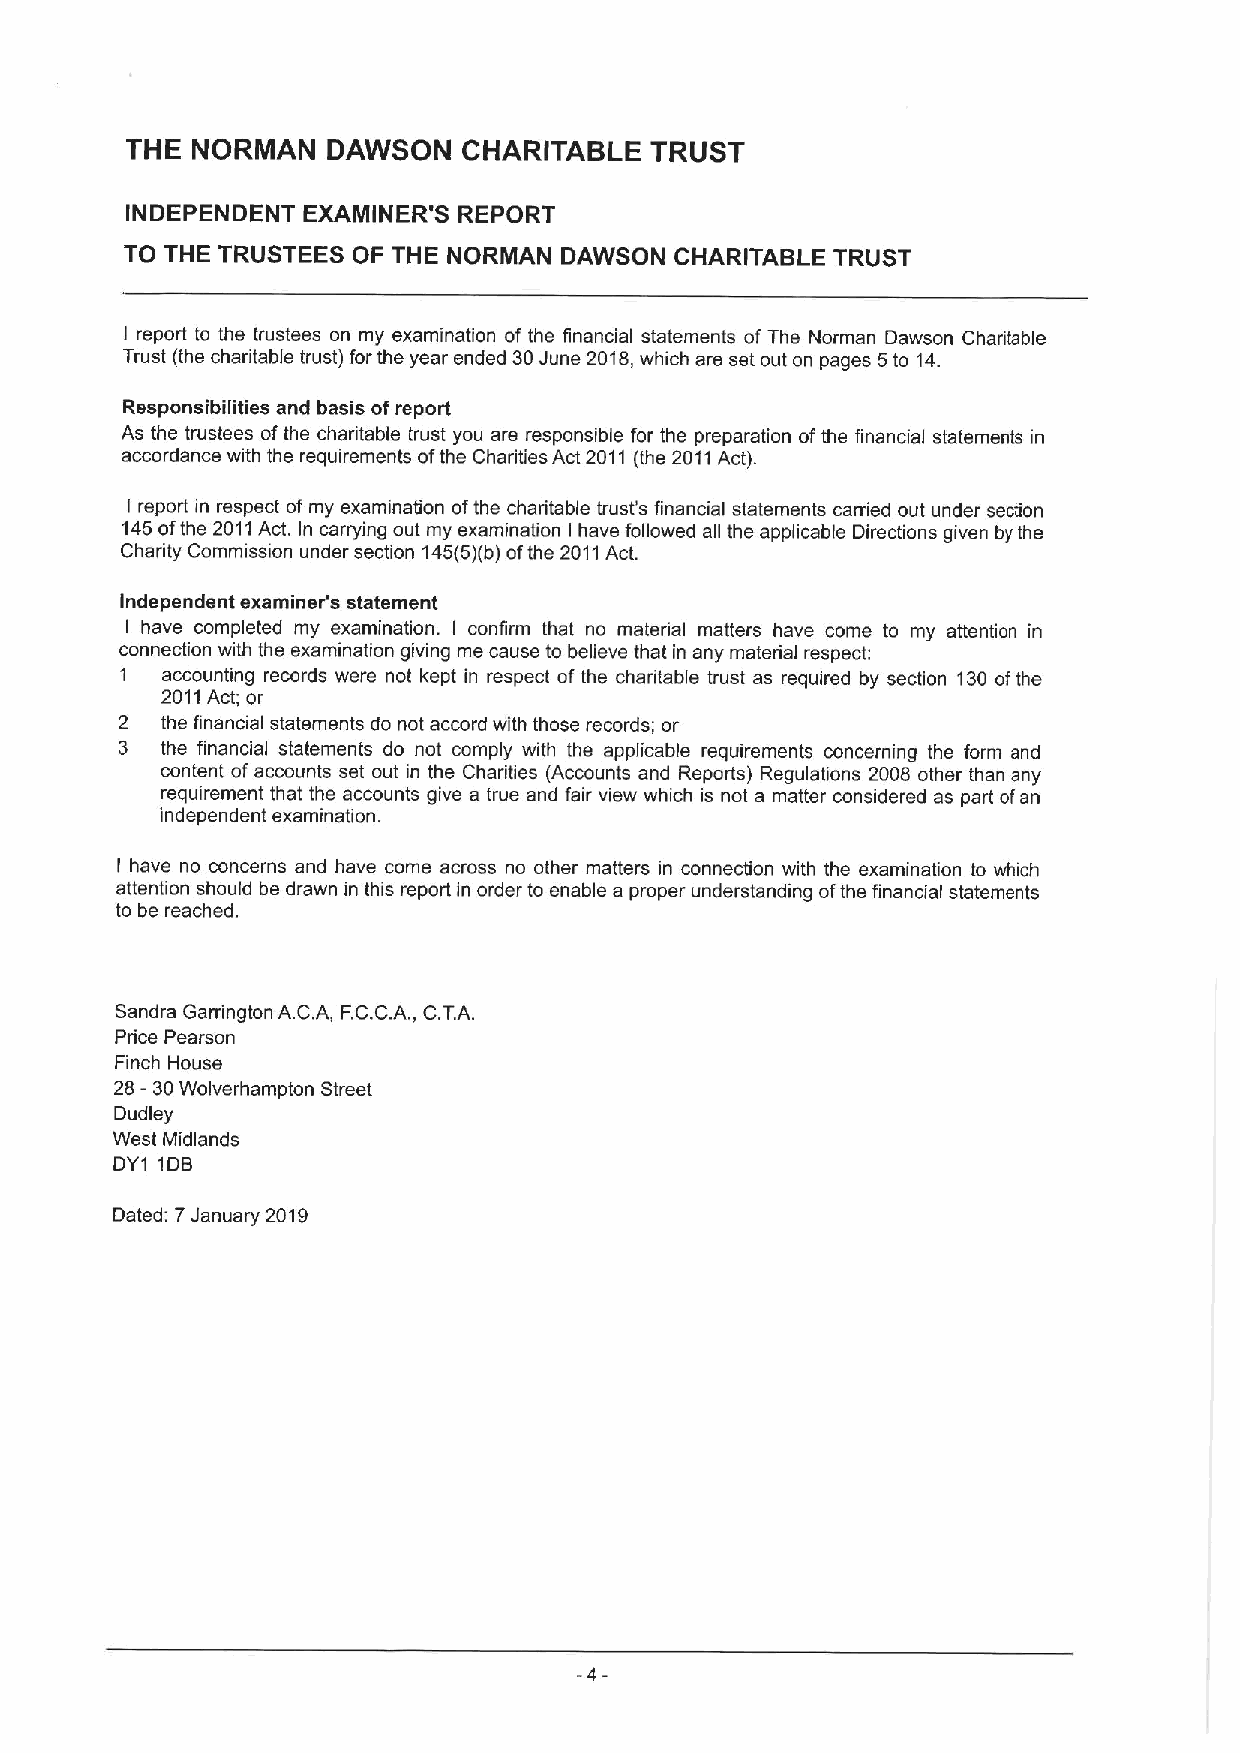
THE  NORMAN   DAWSON   CHARITABLE  TRUST
 INDEPENDENT EXAMINER'S REPORT
 TO THE TRUSTEES OF THE NORMAN DAWSON CHARITABLE TRUST
 I report to the trustees on my examination of the financial statements of The Norman Dawson Charitable
 Trust (the charitable trust) for the year ended 30June 2018,which are set out on pages 5to 14.
 Responsibilities and basis ofreport
 As the trustees ofthe charitable trust you are responsible for the preparation ofthe financial statements in
 accordance with the requirements ofthe Charities Act 2011 (the 2011Act).
 I report in respect of my examination ofthe charitable trust's financial statements carried out under section
 145ofthe 2011Act. In carrying out my examination I have followed all the applicable Directions given by the
 Charity Commission under section 145(5)(b)ofthe 2011Act.
 Independent examiner's statement
 I have completed my examination. I confirm that no material matters have come to my attention in
 connection with the examination giving me cause to believe that in any material respect:
 1  accounting records were not kept in respect of the charitable trust as required by section 130ofthe
 2011Act; or
 2  the financial statements do not accord with those records; or
 3  the financial statements do not comply with the applicable requirements concerning the form and
 content ofaccounts set out in the Charities (Accounts and Reports) Regulations 2008 other than any
 requirement that the accounts give a true and fair view which is not a matter considered as part ofan
 independent examination.
 I have no concerns and have come across no other matters in connection with the examination to which
 attention should be drawn in this report in order to enable a proper understanding ofthe financial statements
 to be reached.
 Sandra GaningtonA. C.A, FC.C.A.
 ,
 C.TA.
 Price Pearson
 Finch House
 28-30Wolverhampton Street
 Dudley
 West Midlands
 DYI IDB
 Dated: 7January 2019